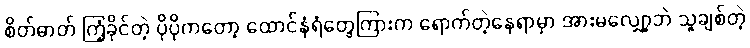
စိတ်ဓာတ် ကြံ့ခိုင်တဲ့ ပိုပိုကတော့ ထောင်နံရံတွေကြားက ရောက်တဲ့နေရာမှာ အားမလျှော့ဘဲ သူချစ်တဲ့